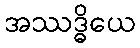
အဿဒ္ဓိယေ